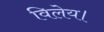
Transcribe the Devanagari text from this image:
विलेय।